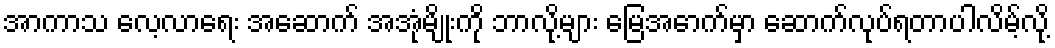
အာကာသ လေ့လာရေး အဆောက် အအုံမျိုးကို ဘာလို့များ မြေအောက်မှာ ဆောက်လုပ်ရတာပါလိမ့်လို့